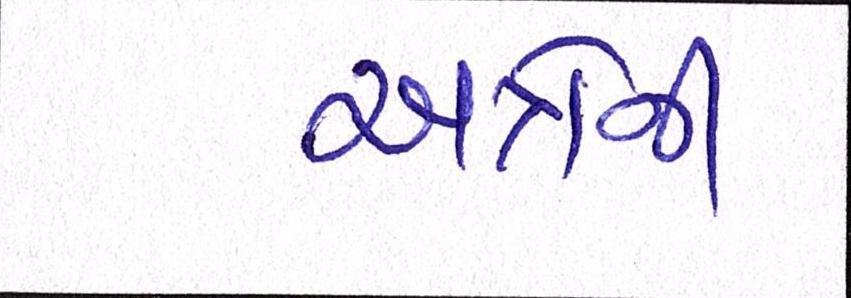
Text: અત્રેની